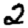
Digit: 2